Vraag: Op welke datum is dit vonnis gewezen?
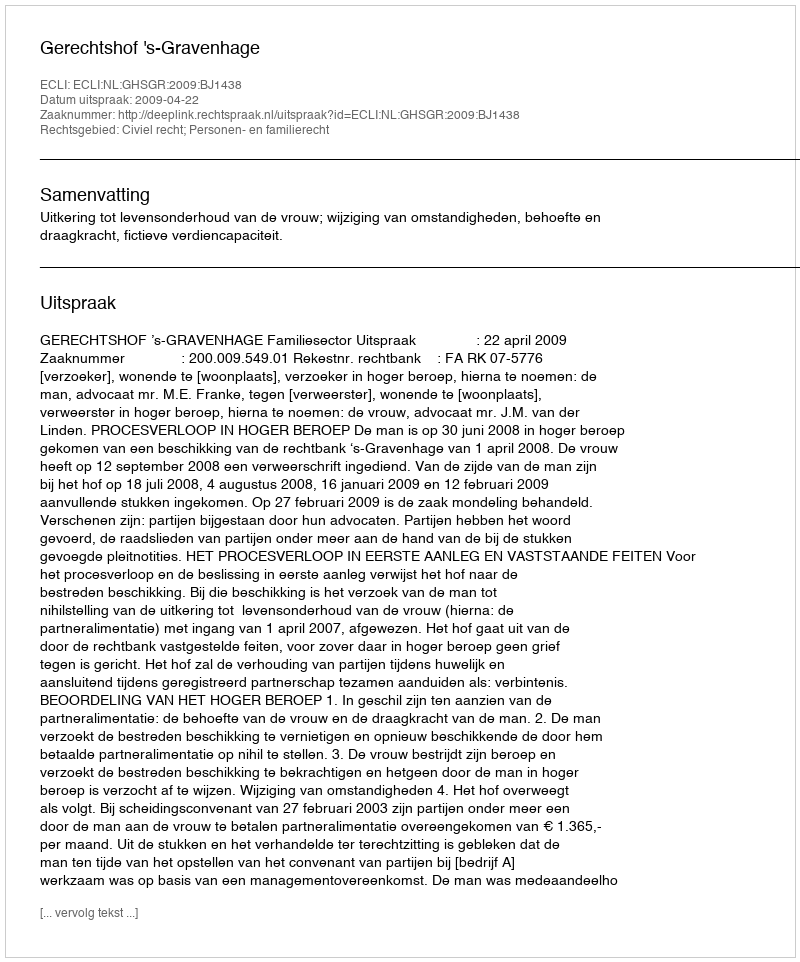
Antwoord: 2009-04-22